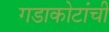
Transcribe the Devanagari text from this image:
गडाकोटांची